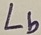
Text: Lb